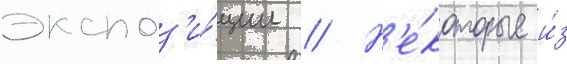
экспоз'и́ции // Н'е́которые и́з